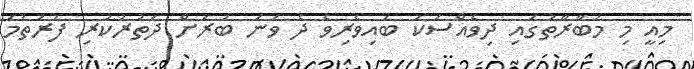
މިއީ މި މުބާރާތުގައި ދިވެއްސަކު ބައިވެރިވެ ދެ ވަނަ ބުރަށް ދަތުރުކުރި ފުރަތަމަ